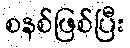
စနစ်ဖြစ်ပြီး